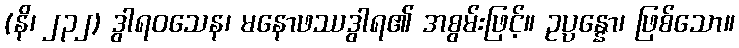
(နိ၊ ၂၃၂) ဒွါရဝသေန၊ မနောဖဿဒွါရ၏ အစွမ်းဖြင့်။ ဥပ္ပန္နော၊ ဖြစ်သော။